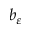
b _ { \varepsilon }